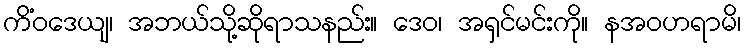
ကိံဝဒေယျ၊ အဘယ်သို့ဆိုရာသနည်း။ ဒေဝ၊ အရှင်မင်းကို။ နအဝဟရာမိ၊